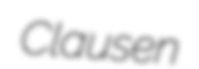
Clausen